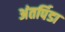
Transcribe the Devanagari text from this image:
अंतर्पिडा